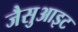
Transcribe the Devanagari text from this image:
जैसुआइट